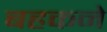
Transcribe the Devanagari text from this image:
बहकने